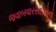
જવાબવારસદારોનો